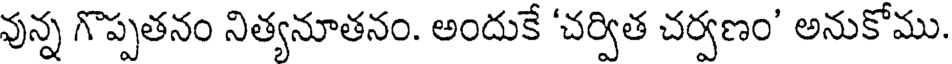
వున్న గొప్పతనం నిత్యనూతనం. అందుకే 'చర్విత చర్వణం' అనుకోము.